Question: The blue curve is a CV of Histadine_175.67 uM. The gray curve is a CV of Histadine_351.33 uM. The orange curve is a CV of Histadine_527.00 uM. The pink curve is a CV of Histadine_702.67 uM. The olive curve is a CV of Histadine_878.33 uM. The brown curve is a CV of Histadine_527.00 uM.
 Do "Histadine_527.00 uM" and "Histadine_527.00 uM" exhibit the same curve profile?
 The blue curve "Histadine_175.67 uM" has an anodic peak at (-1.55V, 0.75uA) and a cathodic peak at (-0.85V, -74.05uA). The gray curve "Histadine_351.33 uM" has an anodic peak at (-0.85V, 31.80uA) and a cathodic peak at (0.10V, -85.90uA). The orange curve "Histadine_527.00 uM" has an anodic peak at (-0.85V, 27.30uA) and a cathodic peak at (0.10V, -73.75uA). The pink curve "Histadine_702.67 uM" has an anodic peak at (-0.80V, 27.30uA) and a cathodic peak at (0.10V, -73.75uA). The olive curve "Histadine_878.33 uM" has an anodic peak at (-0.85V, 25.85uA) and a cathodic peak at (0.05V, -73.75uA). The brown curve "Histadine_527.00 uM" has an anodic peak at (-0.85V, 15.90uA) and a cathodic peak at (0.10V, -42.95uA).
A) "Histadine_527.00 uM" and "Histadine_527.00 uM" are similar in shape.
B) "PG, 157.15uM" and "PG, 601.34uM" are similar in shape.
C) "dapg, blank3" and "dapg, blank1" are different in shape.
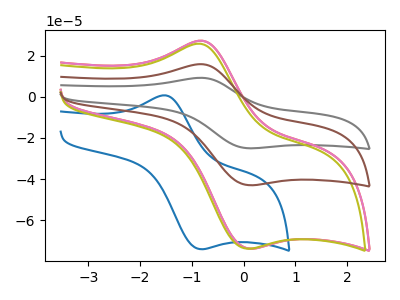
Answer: <think>All the peaks in "Histadine_527.00 uM" have a peak in "Histadine_527.00 uM" at the same potential. Every peak in "Histadine_527.00 uM" is higher than every peak in "Histadine_527.00 uM".
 </think>
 <answer>A) "Histadine_527.00 uM" and "Histadine_527.00 uM" are similar in shape.</answer>
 <eval>A</eval>